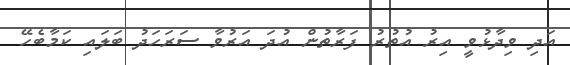
އަދި ވިދާޅުވީ އިރު އުތުރު ފަރާތުން އުދަ އަރުވާ ސަރަހަދު ބަލައި ކަމާބެހޭ